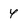
Character: 4